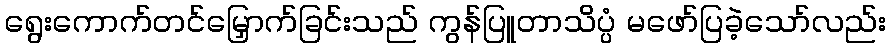
ရွေးကောက်တင်မြှောက်ခြင်းသည် ကွန်ပြူတာသိပ္ပံ မဖော်ပြခဲ့သော်လည်း